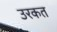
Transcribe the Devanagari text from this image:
उरकत